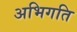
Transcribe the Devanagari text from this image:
अभिगति